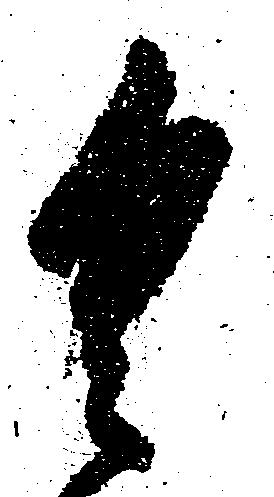
具